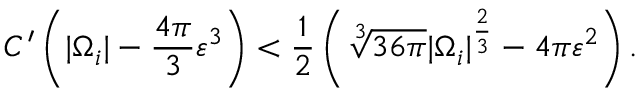
C ^ { \prime } \left( | \Omega _ { i } | - \frac { 4 \pi } { 3 } \varepsilon ^ { 3 } \right) < \frac { 1 } { 2 } \left( \sqrt [ 3 ] { 3 6 \pi } | \Omega _ { i } | ^ { \frac { 2 } { 3 } } - 4 \pi \varepsilon ^ { 2 } \right) .